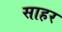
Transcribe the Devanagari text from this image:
साहर